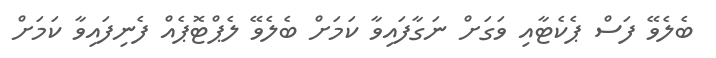
ބެލެވޭ ފަސް ޕެކެޓާއި ވަގަށް ނަގާފައިވާ ކަމަށް ބެލެވޭ ލެޕްޓޮޕެއް ފެނިފައިވާ ކަމަށް